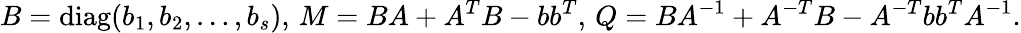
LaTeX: B=\operatorname{diag}(b_{1},b_{2},\ldots,b_{s}),\, M=BA+A^{T}B-bb^{T},\, Q=BA^{-1}+A^{-T}B-A^{-T}bb^{T}A^{-1}.